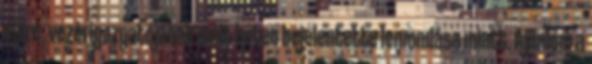
élére, vezérigazgatójának múlt héten bejelentette lemondása miatt. Ajánlom a